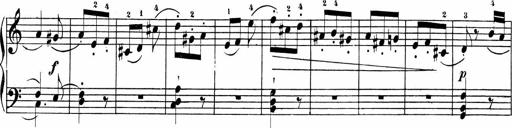
Title: Sonatinen Op.47, 98 und 136, nebst 6 Liedersonatinen
Composer: Carl Reinecke